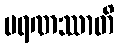
မရဏဿာတိ